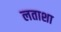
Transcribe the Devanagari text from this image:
लताशा